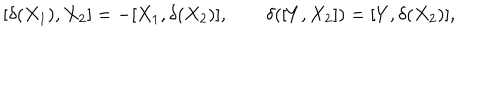
LaTeX: [ \delta ( X _ { 1 } ) , X _ { 2 } ] = - [ X _ { 1 } , \delta ( X _ { 2 } ) ] , \qquad \delta ( [ Y , X _ { 2 } ] ) = [ Y , \delta ( X _ { 2 } ) ] ,